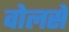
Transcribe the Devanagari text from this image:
वोलसे